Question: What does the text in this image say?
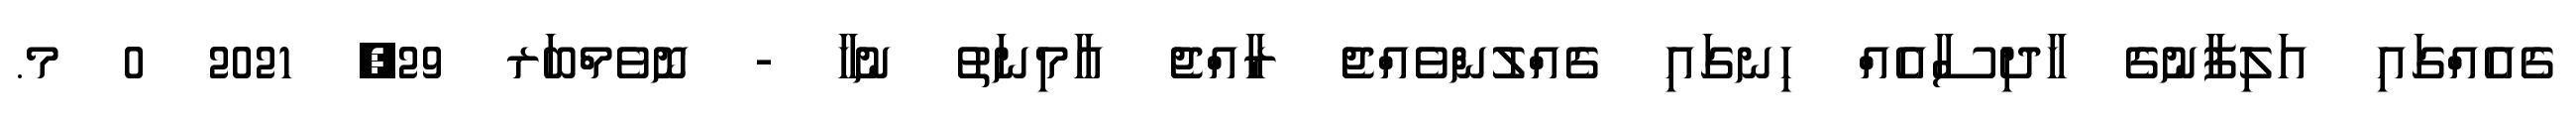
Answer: ގެއެއްގައި އަލިފާނުގެ ހާދިސާއެއް ހިނގައި ގެއްލުންވެއްޖެ ރާއްޖެ އާމިނަތު ނުހާ - ނޮވެމްބަރ 29, 2021 0 މ.